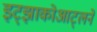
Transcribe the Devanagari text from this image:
इट्झाकोआट्लने